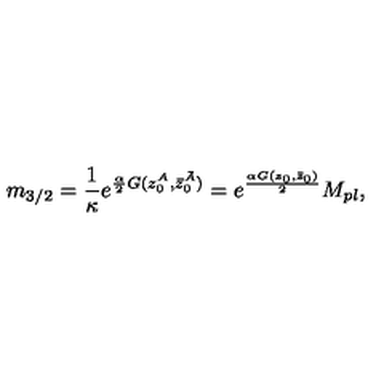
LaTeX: m _ { 3 / 2 } = \frac { 1 } { \kappa } e ^ { \frac { \alpha } { 2 } G ( z _ { 0 } ^ { A } , \bar { z } _ { 0 } ^ { \bar { A } } ) } = e ^ { \frac { \alpha G ( z _ { 0 } , \bar { z } _ { 0 } ) } { 2 } } M _ { p l } ,